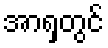
အာရှတွင်